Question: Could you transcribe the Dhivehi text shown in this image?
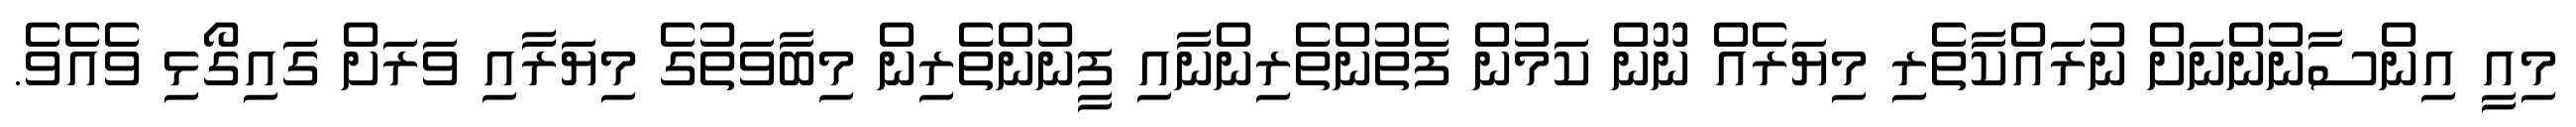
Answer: މިއީ އިންސާނުންނަށް ނުރައްކާތެރި މިޔަރެއް ނޫން ކަމުން ފެތުންތެރިންނާއި ފީނުންތެރިން މިބާވަތުގެ މިޔަރާއި ވަރަށް ގައިގޯޅި ވެއެވެ.